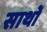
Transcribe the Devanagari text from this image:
साथों